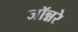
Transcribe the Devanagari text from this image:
जॉन्नरे